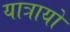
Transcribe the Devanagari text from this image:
यात्रायों